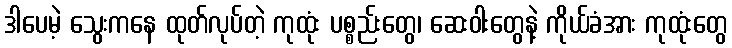
ဒါပေမဲ့ သွေးကနေ ထုတ်လုပ်တဲ့ ကုထုံး ပစ္စည်းတွေ၊ ဆေးဝါးတွေနဲ့ ကိုယ်ခံအား ကုထုံးတွေ